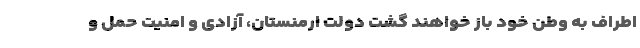
اطراف به وطن خود باز خواهند گشت دولت ارمنستان، آزادی و امنیت حمل و